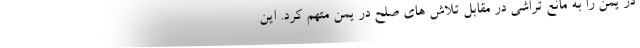
در یمن را به مانع تراشی در مقابل تلاش های صلح در یمن متهم کرد. این